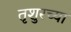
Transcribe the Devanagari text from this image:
तृशुरच्या